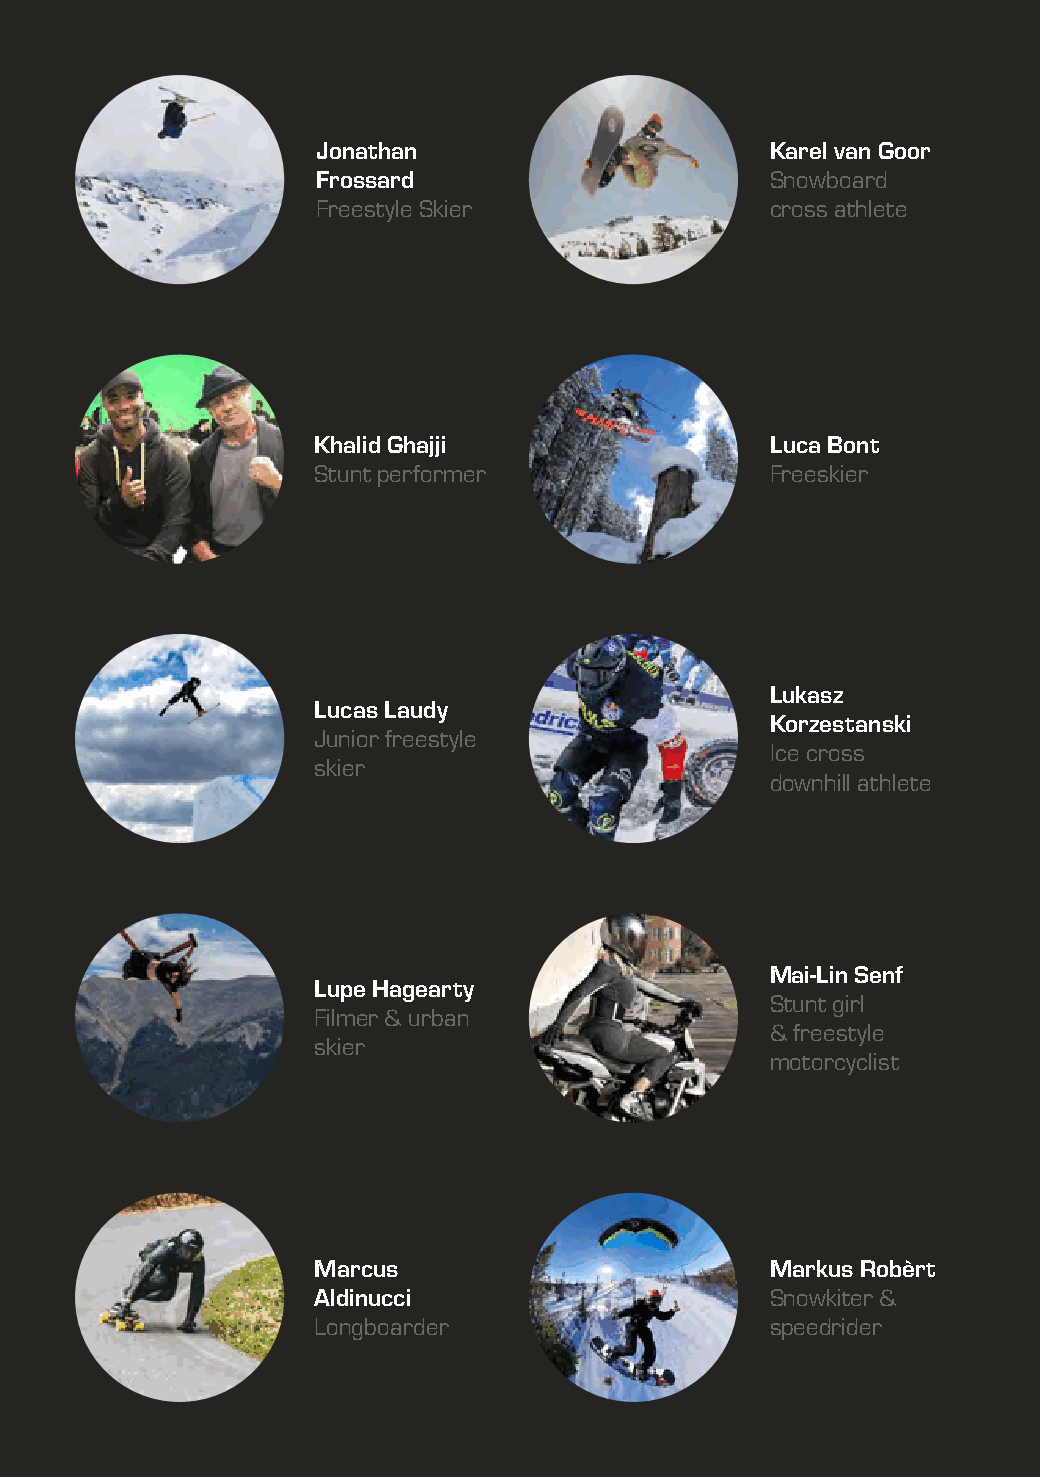
Jonathan                      Karel van Goor
 Frossard                      Snowboard
 Freestyle Skier               cross athlete
 Khalid Ghajji                 Luca Bont
 Stunt performer               Freeskier
 Lukasz
 Lucas Laudy
 Korzestanski
 Junior freestyle
 Ice cross
 skier
 downhill athlete
 Mai-Lin Senf
 Lupe Hagearty
 Stunt girl
 Filmer & urban
 & freestyle
 skier
 motorcyclist
 Marcus                        Markus Robèrt
 Aldinucci                     Snowkiter &
 Longboarder                   speedrider